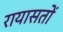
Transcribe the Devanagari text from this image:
रायासतों